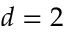
d = 2